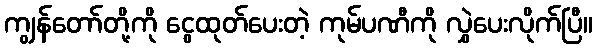
ကျွန်တော်တို့ကို ငွေထုတ်ပေးတဲ့ ကုမ်ပဏီကို လွှဲပေးလိုက်ပြီ။